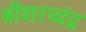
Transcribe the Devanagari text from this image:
श्रीशरच्चंद्र